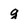
Character: g